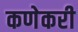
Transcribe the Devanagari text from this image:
कणेकरी